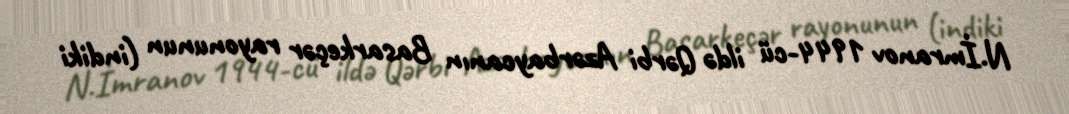
N.İmranov 1944-cü ildə Qərbi Azərbaycanın Basarkeçər rayonunun (indiki